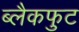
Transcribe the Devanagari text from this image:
ब्लैकफुट